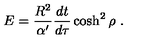
E = { \frac { R ^ { 2 } } { \alpha ^ { \prime } } } { \frac { d t } { d \tau } } \cosh ^ { 2 } \rho \ .